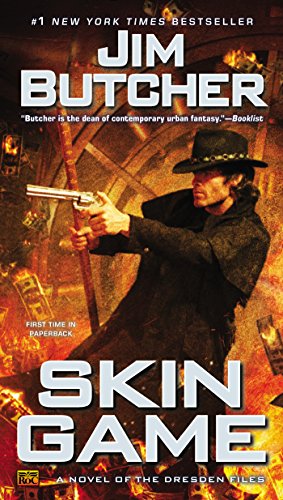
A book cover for Skin Game: A Novel of the Dresden Files; Jim Butcher; Science Fiction & Fantasy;